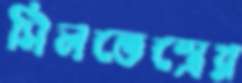
সিলভেস্ত্রের